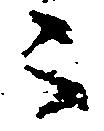
被